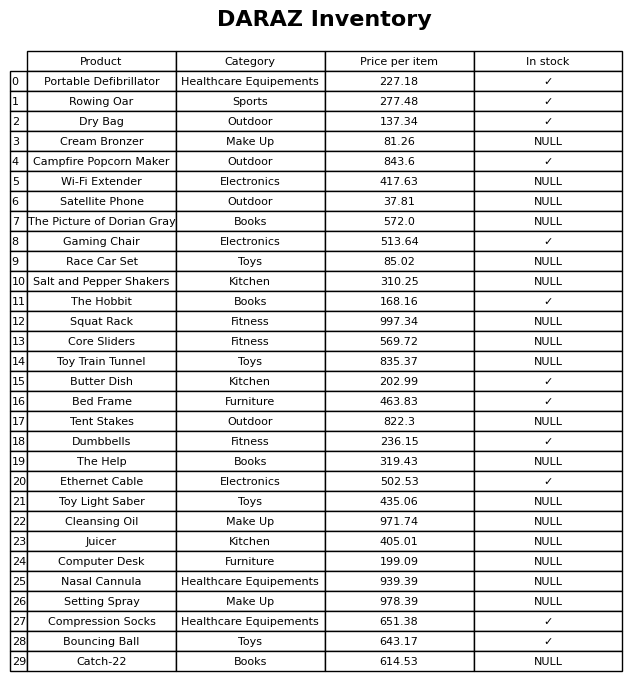
question: Which products are currently out of stock?
answer: Cream Bronzer, Wi-Fi Extender, Satellite Phone, The Picture of Dorian Gray, Race Car Set, Salt and Pepper Shakers, Squat Rack, Core Sliders, Toy Train Tunnel, Tent Stakes, The Help, Toy Light Saber, Cleansing Oil, Juicer, Computer Desk, Nasal Cannula, Setting Spray, Catch-22